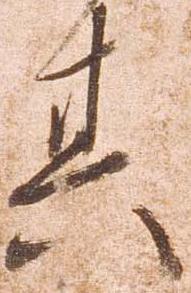
其